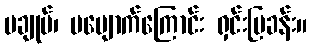
မချုပ်၊ မပျောက်ကြောင်း ရှင်းပြခန်း။